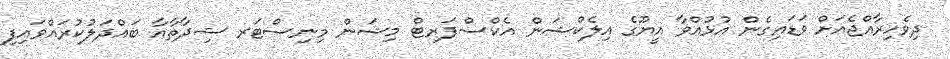
ދިވެހިރާއްޖެއަށް ވަޑައިގެން އުޅުއްވާ އީޔޫގެ އިލެކްޝަން އެކްސްޕަރޓް މިޝަން މިނިސްޓަރ ޝިދާތާއާ ބައްދަލުކުރައްވައިފި